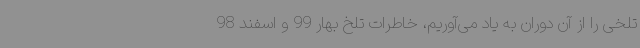
تلخی را از آن دوران به یاد می‌آوریم، خاطرات تلخ بهار 99 و اسفند 98